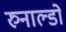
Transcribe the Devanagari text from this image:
रुनाल्डो